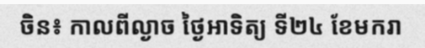
ចិន៖ កាលពីល្ងាច ថ្ងៃអាទិត្យ ទី២៤ ខែមករា